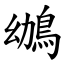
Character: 鴢